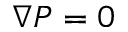
\nabla P = 0